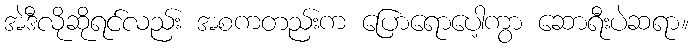
အဲဒီလိုဆိုရင်လည်း အစကတည်းက ပြောရောပေါ့ကွာ ဆောရီးပဲဆရာ။